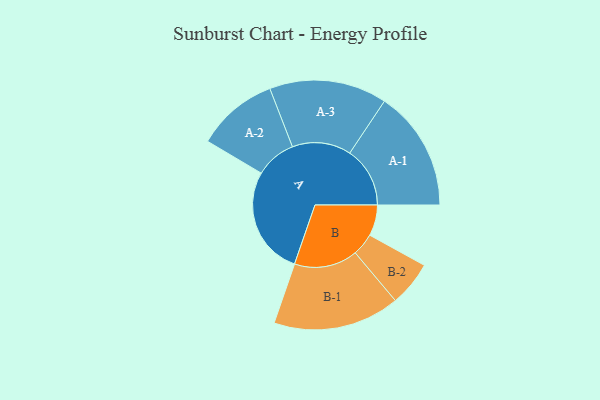
{"axis": {"x": "Segment", "y": "Value"}, "legend": ["", "A", "B"], "data": [{"x": "A", "y": 482, "type": ""}, {"x": "B", "y": 137, "type": ""}, {"x": "A-1", "y": 267, "type": "A"}, {"x": "A-2", "y": 181, "type": "A"}, {"x": "A-3", "y": 261, "type": "A"}, {"x": "B-1", "y": 281, "type": "B"}, {"x": "B-2", "y": 100, "type": "B"}]}